Vital statistics of India. Vol. IV, Annual returns from 1871 to 1876. British Army of India, Native Army and jails of Bengal
Year: 1871
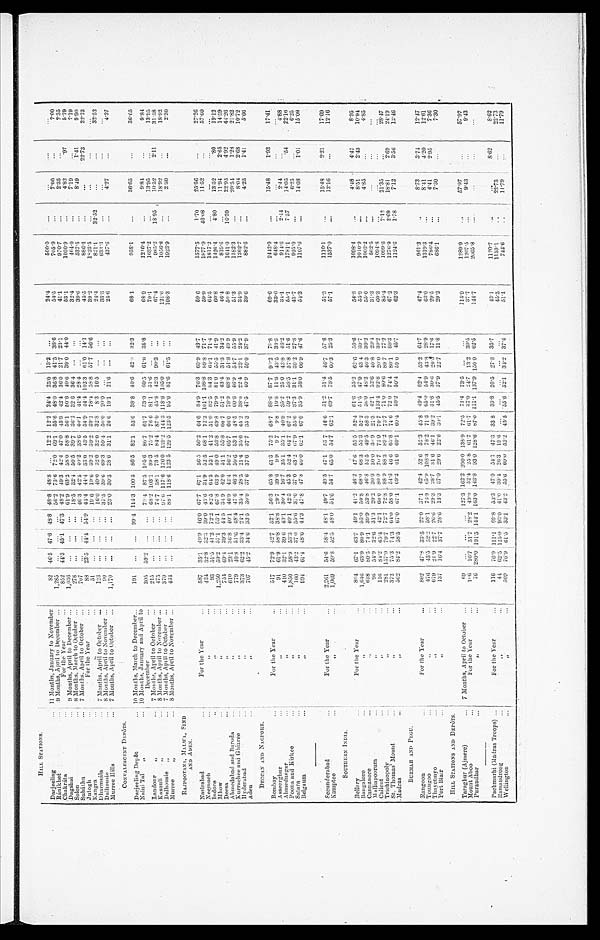
HILL STATIONS.
Darjeeling
... 11 Months, January to November
82 46.5 47.6 48.8 48.8 48.8 ... 12.2 12.2 24.4 25.0 13.2 ...
24.4
500.0 ...
...
....
...
Ranikhet
... 9 Months, April to December ...
1,285 ... ... ... 56.2 73.672.0 69.1 55.6 48.0 36.8 41.5 38.6
54.5
705.9
...
7.00 ...
7.00
Chakráta
...
For the Year
...
852 44.3 45.1 47.3 48.2 49.3 42.4 47.0 45.9 42.4 36.0 21.7 23.1
41.1
970.7
...
2.35
. . .
2.35
Dagshai
... 9 Months, April to December ...
1,036 ... ... ... 61.9 63.2 58.0 58.8 56.1 50.6 40.6 39.0 44.0
53.1
1030.9 ...
4.82
.97
5.79
Solon
... 8 Months, March to October ...
278 ... ... ... 18.5 32.1 50.5 39.7 36.2 32.6 36.4 ... ...
32.4
464.0
... 7.19
...
7.19
Subáthu
... 7 Months, April to October ...
707 ... ... ... 46.3 42.5 40.2 38.6 40.1 41.4 28.4 ... ...
39.6
537.5
...
8.49
1.41
9.90
Jutogh
. . .
For the Year
...
88 23.5 44.4 54.9 44.4 44.4 33.0 43.5 54.9 44.4 102.3 61.0 14.1
45.5
886.4 ...
...
22.73
22.73
Kangra
. . .
„
51 ... ... ... 19.6 19.6 39.2 39.2 39.2 78.4 58.8 57.7 56.6
39.2
1,823.5
...
...
...
...
Dharmasála
... 7 Months, April to October ...
123 ... ... ... 16.0 40.0 32.0 32.0 32.8 8.3 16.5 ... ...
24.4
831.1
32.52 ...
....
32.52
Dalhousie
... 8 Months, April to November ...
90 ... ... ... 37.5 39.6 69.3 59.4 50.0 20.0 ... ... ...
33.3
633.3
...
... ...
. . . . .
Murree Hills
... 7 Months, April to October ...
1,170
... ... 23.0 30.3 28.6 31.1 26.6 19.1 21.6 ... ...
25.6
437.6
...
4.27
...
4.27
CON VALESC ENT DEPÔTS.
Darjeeling Depôt
... 10 Months, March to December...
191 ... ... 99.4 114.3 100.5 86.5 82.1 53.5 38.8 40.6 42.8 32.3
68.1
958.1
...
36.65
...
36.65
Naini Tal „
... 10 Months, January and April to
December
...
305 59.2 ... ... 79.4 87.5 105.6 80.7 61.7 53.0 60.5 61.0 35.8
68.9
1216.4
...
9.84
...
9.84
Landour "
... 7 Months, April to October ...
215 ... ... ... 68.2 103.1 89.3 75.2 76.6 81.1 51.6 ... ...
79.1
1637.2
...
13.95 ...
13.95
Kasauli "
... 8 Months, April to November ...
475 ... ... ... 74.7 58.1 73.5 84.4 87.0 45.8 42.3 90.3 ...
67.4
985.3 18.95 10.52 2.11
31.58
Dalhousie "
. . . 7 Months, April to October ...
370 ...
... ... 97.6 117.6 126.0 139.2 144.3 118.6 105.0 ... ...
121.6
1056.8
...
18.92
...
18.92
Murree
"
... 8 Months, April to November ...
434 ... ... ... 88.1 118.6 123.5 129.5 123.5 95.6 81.6 61.5 ...
108.3
1923.9 ...
2.30
...
2.30
R A J P O O T A N A , M A L W A , S I N D
AND ADEN.
Nasirabad
...
For the Year
587 35.1 49.9 46.0 67.7 67.1 56.5 50.2 64.6 84.9 76.3 63.9 43.7
59.6
1577.5
1.70
25.56
...
27.26
Neemuch
...
" ...
434 32.8 32.3 39.0 43.6 34.9 52.5 68.1 72.2 101.1 108.8 89.8 71.7
59.9
1877.9
46.08 11.52
...
57.60
Indore
. . .
"
93 51.5 41.2 72.2 82.5 64.5 52.1 41.2 51.0 82.5 84.3 64.1 71.4
64.5
1817.2
...
...
...
...
Mhow
...
...
1,250 59.2 57.1 53.1 67.8 63.9 49.0 53.8 69.8 79.9 81.0 55.5 41.9
60.8
1426.4
4.80 13.52.80 19.12
Deesa
...
"
754 69.4 39.3 44.5 34.9 42.0 51.1 55.8 60.7 51.2 43.4 31.3 34.2
46.4
819.6
...
11.94
2.65
14.59
Ahmedabad and Baroda . . . . . ."
610 23.1 36.8 40.1 46.9 42.4 56.2 65.7 66.0 78.9 68. 8 68.5 51.8 49.9
50.8
1641.0 16.39 22.954.92
44.26
Kurrachee and Ghizree ...
" ...
779 40.8 51.6 48.4 47.6 46.3 50.6 53.1 48.5 60.6 46.9 54.7 55.9
51.3
1182.3
...
20.54
1.28
21.82
Hyderabad
...
"...
373 62.2 33.4 24.1 35.4 28.5 21.4 35.6 45.2 38.0 22. 4 22. 4 23.1 24.2
34.9
1262.7
...
8.04
2.68
10.72
Aden
...
" . . .
707 45.2 34.6 33.5 30.9 37.6 37.6 37.7 35.3 47.5 40.9 59.0 37.9
39.6
882.6
... 4.25 1.41 5.66
DECCAN AND NAGPORE,
Bombay
...
For the Year...
517 72.9 42.7 52.1 56.3 65.8 61.3 75.2 68.7 88.6 87.7
'
90.2 79.8
69.6
2442.9
...
15.48
1.93
17.41
Asseerghur
...
„. . .
91 61.9 58.8 38.8 29.7 39.6 9.9 9.7 9.8 19.8 11.8 43.5 33.3
33.0
648.4
...
...
...
...
Ahmednagar
...
410 32.1 39.6 43.1 30.4 16.7 35.1 35.1 40.9 35.2 25.0 43.8 46.2
34.1
914.6
2.44 2.44
... 4.88
Poona and Kirkee
...
"
1,850 58.9 53.3 40.1 42.5 45.3 52.4 64.7 67.2 59.2 58.5 57.8 51.6
55.1
1781.1
7.57 14.05
.54
22.16
Satara
...
"
160 43.2 37.0 55.6 37.0 37.0 43.2 67.9 55.6 37.3 31.1 39.2 27.8
43.7
925.0
...
6.25
... 6.25
Belgaum
...
"
994 61.4 48.6 44.3 47.8 47.8 60.0 62.1 67.0 35.9 58.0 66.9 47.6
54.3
1107.6
...
14.08
1.01
15.09
Secunderabad
. . .
For the Year
2,261 54.6 58.4 48.1 49.7 49.5 47.1 53.7 46.6 51.2 51.4
I
46.7 57.6
51.3
1110.1
...
15.48
2.21
17.69
Kamptee
...
"
1,069 59.8 52.5 48.0 54.6 54.7 65.0 54.7 62.1 69.7 78.5 60.3 25.3
57.1
1537.0
...
12.16
...
12.16
SOUTHERN INDIA .
1
Bellary
...
For the Year...
894 67.1 63.7 49.1 41.2 46.2 47.6 55.5 52.4 61.6 55.2 6 2 . 6 50.6
54.8
1098.4
...
4.48 4.47
8.95
Bangalore
...
"...
1,646 63.9 80.9 53.0 50.8 68.0 68.3 55.3 52.2 51.5 47.9 43.4 39.7
55.9
1010.9 ...
8.51
2.43
10.94
Cannanore
...
"
618 80.5 74.1 39.9 53.8 46.8 52.5 49.5 58.3 50.0 48.2 46.3 39.2
55.0
1003.2 ...
4.85 ...
4.85
Malliapoorum
. . .
"...
96 54.9 32.6 31.3 20.2 30.0 30.0 30.9 21.3 42.1 52.6 40.8 20.4
31.3
562.5 ...
...
...
...
Calicut
...
"...
116 84.2 65.4 42.1 60.0 80.0 70.7 72.9 70.7 113. 4 113. 4 92.8 20.0 39.2
60.3
1094.8 ... ...
...
...
Trichinopoly
... "...
281 157.9 79.7 72.7 72.8 88.9 88.3 89.2 73.7 71.0 80.6 89.7 77.2
85.4
1099.6
7.12 21.35
...
28.47
St. Thomas' Mount
...
"...
372 75.3 74.3 64.0 58.0 54.6 46.6 65.8 74.6 72.0 74.4 80.1 80.3
67.2
1276.9
2.69 18.81
2.69
24.19
Madras
...
.
...
562 84.2 58.5 67.0 67.1 69.2 61.6 69.1 60.4 59.2 50.4 59.0 45.7
62.3
1124.6
1.78
7.12
3.56
12.46
BURMAH AND PEGU.
Rangoon
...
For the Year
802 47.8 33.5 22.0 37.1 42.4 52.6 52.3 45.8 49.4 62.4 53.2 64.7
47.4
961.3
...
8.73
3.74
12.47
Toungoo
...
„
476 15.5 52.2
65.0
28.9
63.0
1319.3
12.61
Thayetiny
. . .
. . .
6 7 9 21.9 22.7
2 2 6 . 0 393 25.7 3111 46.1 39.2 31.8 30.0 00-1 17.0
29.5
750.4
...
4.41
2.95
7.16
Port Blair
, ,
137 16.4 37.7 25.6 13.3 37.0 29.0 2213 30.1 45.5 37.9
2 2 . 7 11.8
29.2
656. 1
...
7.30
...
7.30
HILL STATIONS AND DEPÔTS.
Taraghur (Ajmere)
... 7 Months, April to October ...
09
127.3 162.2 .200.0 138.9 72.5 71.4 73.5 „. ...
115.9
1289.9
..
57.97
. . .
57.97
Mount Aboo
. . .
For the Year
...
106 16.7 31.7 25.2 49.0 52.4 25.8 61.7 61.7 37.0 1 21.7 13.2 395
37.7
1207.5
. . . 9.43
9' 43
Purandhar
. . .
„
76 280' 0 191.5 141.1 163' 0 143.8 531) 1281. 3 6711 1111' 1 ;137' 9 150.0 62.5
144.7
2065.8
. . . ...
...
Pachmarhi (Madras Troops) ...
For the Year
. .
116 7.0 111.1 69.8 53.3 47.01 541 47.3 33 8 33.8 20.5
2 2 7 . 8 35.7
43.1
1120.7
. . .
8.62
8.62
Ramandroo
. . .
„
...
44 62.5 125.0 93.0 41.0 39.4 261 19.6
. . . . . . . . .
. . . . . .
45.5
1159.1
"
22.73
22.73
wellington
...
509 76.9 01.5 33.1 43.2 55.0 60.0 52.2 45.5 ' 55.6 52 .1 34.2 374 ' • I
51.1
'714.6 . .
1 I ' 79
. .
11.79